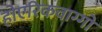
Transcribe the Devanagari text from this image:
होएरिकवाग्गो